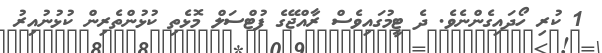
1 ކުރި ހޯދައިގެންނެވެ. ދެ ޓީމުގައިވެސް ރާއްޖޭގެ ފުޓްސަލް މޮޅެތި ކުޅުންތެރިން ކުޅުނުއިރު